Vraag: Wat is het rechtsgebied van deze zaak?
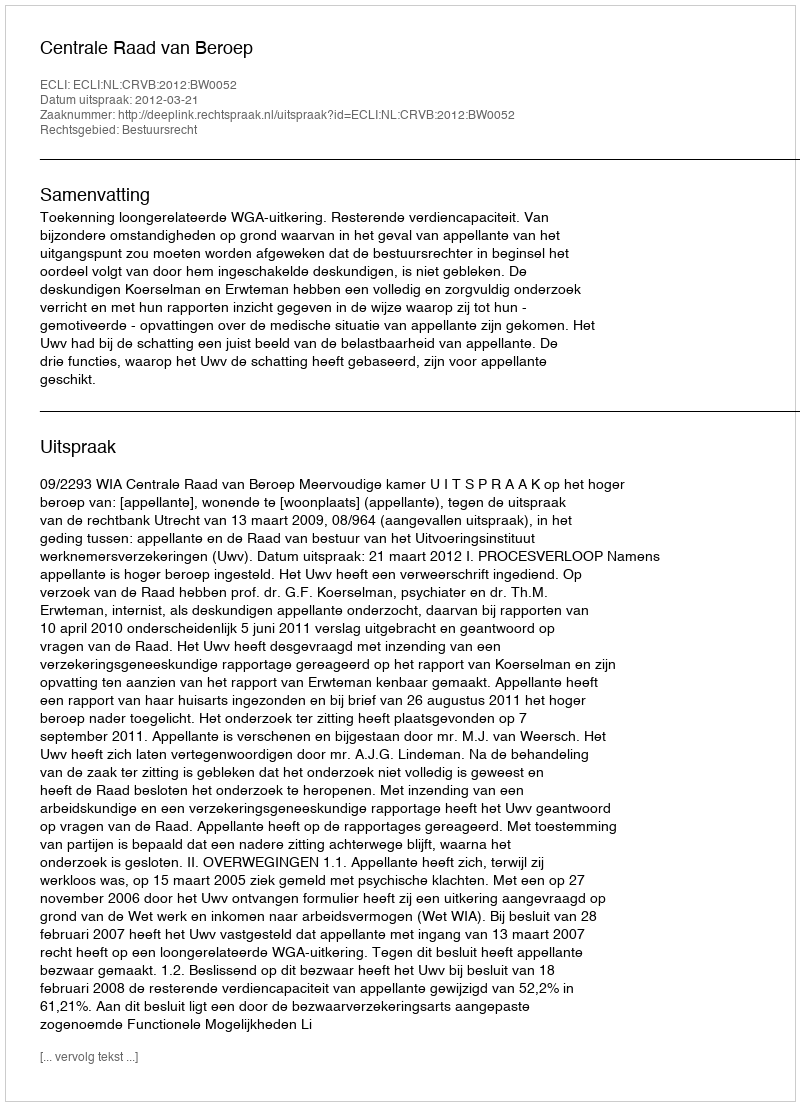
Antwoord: Bestuursrecht